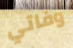
وفاتي